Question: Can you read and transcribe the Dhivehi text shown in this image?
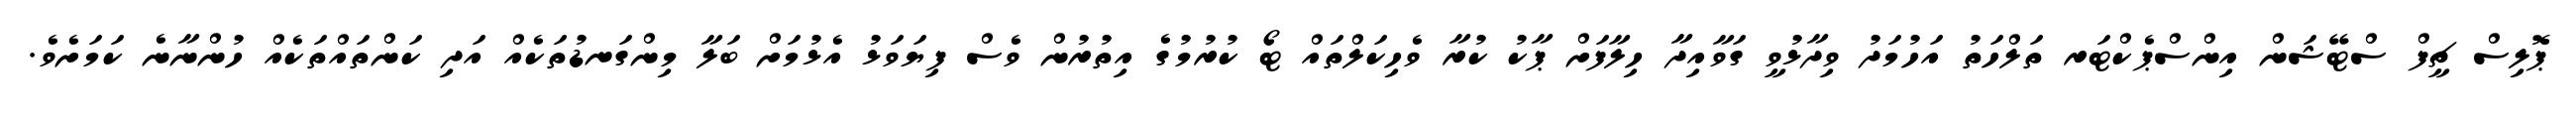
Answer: ޕޮލިސް ޗީފް ސްޓޭޝަން އިންސްޕެކްޓަރ ތަލްހަތު އަހުމަދު ވިދާޅުވީ ގަވާއިދާ ހިލާފަށް ޕާކު ކުރާ ވެހިކަލްތައް ޓޯ ކުރުމުގެ އިތުރުން ވެސް ފިޔަވަޅު އެޅުމަށް ބަލާ މިންގަނޑުތަކެއް އަދި ކަންތައްތަކެއް ހުންނާނެ ކަމަށެވެ.